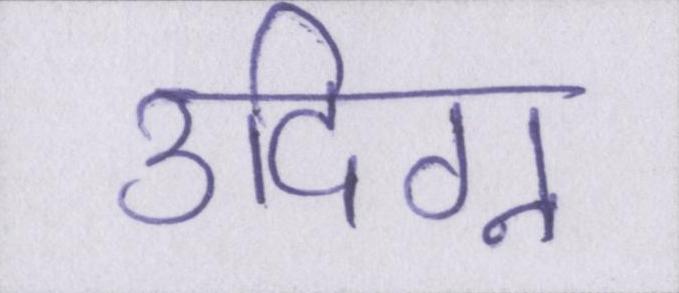
उद्विग्न